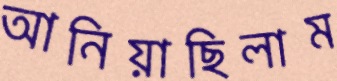
আনিয়াছিলাম